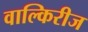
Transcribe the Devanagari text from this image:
वाल्किरीज